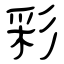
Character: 彩